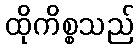
ထိုကိစ္စသည်